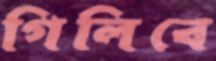
গিলিবে